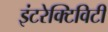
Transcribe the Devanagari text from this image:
इंटरेक्टिविटी